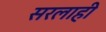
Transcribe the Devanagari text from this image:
सरलाही